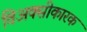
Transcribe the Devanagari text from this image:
विअक्सीकारक